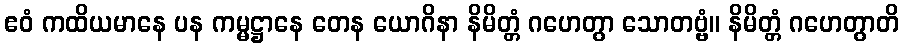
ဧဝံ ကထိယမာနေ ပန ကမ္မဋ္ဌာနေ တေန ယောဂိနာ နိမိတ္တံ ဂဟေတွာ သောတဗ္ဗံ။ နိမိတ္တံ ဂဟေတွာတိ